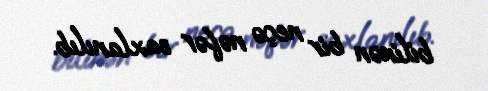
bilinən bir neçə nəfər saxlanılıb.